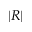
| R |